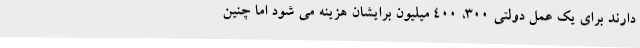
دارند برای یک عمل دولتی 300، 400 میلیون برایشان هزینه می شود اما چنین